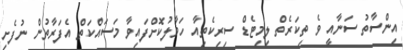
އިންސާތު ސަނާއީ ވެ ތިކަރެތް ލިމިޓެޑް ސިރިކެތިއާ ހަވާލުކޮށްފައިވާ މަސައްކަތް އެފަރާތުން ނުފެށި